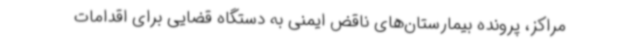
مراکز، پرونده بیمارستان‌های ناقض ایمنی به دستگاه قضایی برای اقدامات